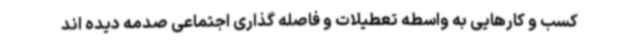
کسب و کارهایی به واسطه تعطیلات و فاصله گذاری اجتماعی صدمه دیده اند